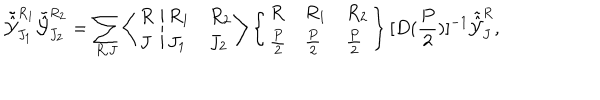
{ \tilde { \hat { \cal Y } } } _ { J _ { 1 } } ^ { R _ { 1 } } { \tilde { \hat { \cal Y } } } _ { J _ { 2 } } ^ { R _ { 2 } } = \sum _ { R , J } \left\langle \begin{array} { l } { { R } } \\ { { J } } \\ \end{array} \right. \left| \begin{array} { l l } { { R _ { 1 } } } & { { R _ { 2 } } } \\ { { J _ { 1 } } } & { { J _ { 2 } } } \\ \end{array} \right\rangle \left\{ \begin{array} { l l l } { { R } } & { { R _ { 1 } } } & { { R _ { 2 } } } \\ { { \frac { P } { 2 } } } & { { \frac { P } { 2 } } } & { { \frac { P } { 2 } } } \\ \end{array} \right\} [ D ( \frac { P } { 2 } ) ] ^ { - 1 } { \tilde { \hat { \cal Y } } } _ { J } ^ { R } ,